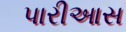
પારીઆસ